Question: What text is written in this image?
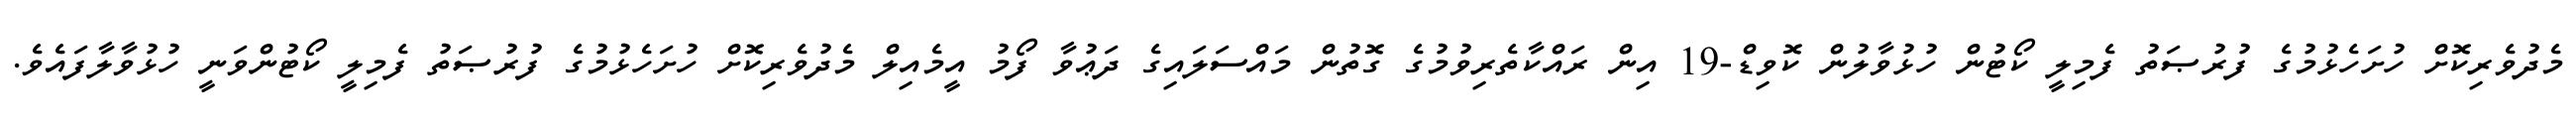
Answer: މެދުވެރިކޮށް ހުށަހެޅުމުގެ ފުރުޞަތު ފެމިލީ ކޯޓުން ހުޅުވާލުން ކޮވިޑް-19 އިން ރައްކާތެރިވުމުގެ ގޮތުން މައްސަލައިގެ ދަޢުވާ ފޯމު އީމެއިލް މެދުވެރިކޮށް ހުށަހެޅުމުގެ ފުރުޞަތު ފެމިލީ ކޯޓުންވަނީ ހުޅުވާލާފައެވެ.